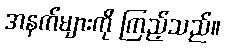
အနက်များကို ကြည့်သည်။